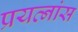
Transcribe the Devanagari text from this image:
प्रयत्नांस